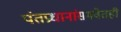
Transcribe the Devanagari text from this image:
पंतप्रधानांसमवेतही